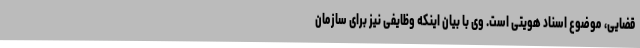
قضایی، موضوع اسناد هویتی است. وی با بیان اینکه وظایفی نیز برای سازمان